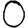
Digit: 0